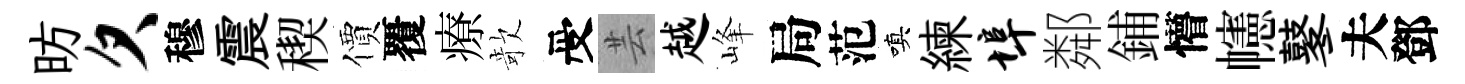
昉欠穆震稧價覆療欹受芸越峰局范嗔練埠鄰鋪懵幰鼕夫鄧